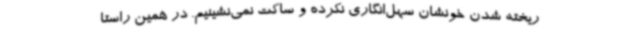
ریخته شدن خونشان سهل‌انگاری نکرده و ساکت نمی‌نشینیم. در همین راستا